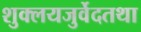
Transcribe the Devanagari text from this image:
शुक्लयजुर्वेदतथा